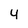
Character: 4